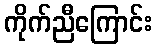
ကိုက်ညီကြောင်း